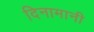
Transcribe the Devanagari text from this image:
दिनामानी